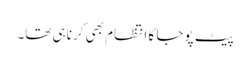
پیٹ پوجا کا انتظام بھی کرنا ہی تھا۔